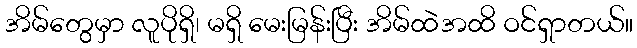
အိမ်တွေမှာ လူပိုရှိ၊ မရှိ မေးမြန်းပြီး အိမ်ထဲအထိ ဝင်ရှာတယ်။